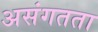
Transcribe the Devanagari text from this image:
असंगतता